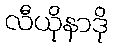
လီယိုနာဒို